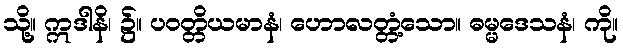
သို့။ ဣဒါနိ၊ ၌။ ပဝတ္တိယမာနံ၊ ဟောလတ္တံ့သော။ ဓမ္မဒေသနံ၊ ကို။